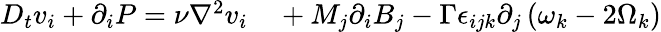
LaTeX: \begin{array}{rl}{D_{t}v_{i}+\partial_{i}P=\nu\nabla^{2}v_{i}}&{{}+M_{j}\partial_{i}B_{j}-\Gamma\epsilon_{ijk}\partial_{j}\left(\omega_{k}-2\Omega_{k}\right)}\end{array}